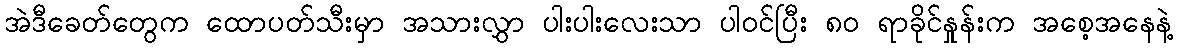
အဲဒီခေတ်တွေက ထောပတ်သီးမှာ အသားလွှာ ပါးပါးလေးသာ ပါဝင်ပြီး ၈၀ ရာခိုင်နှုန်းက အစေ့အနေနဲ့